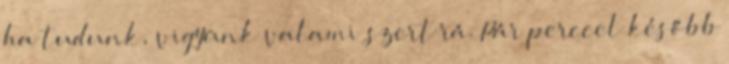
ha tudunk, vigyünk valami szert rá. Pár perccel később